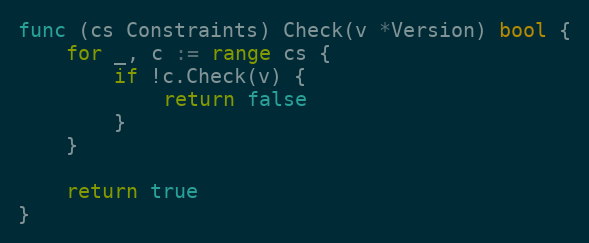
Language: Go
func (cs Constraints) Check(v *Version) bool {
	for _, c := range cs {
		if !c.Check(v) {
			return false
		}
	}

	return true
}